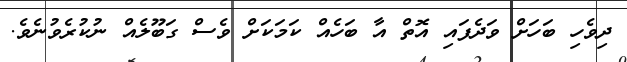
ދިވެހި ބަހަށް ވަދެފައި އޮތް އާ ބަހެއް ކަމަކަށް ވެސް ގަބޫލެއް ނުކުރެވުނެވެ.